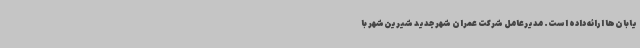
یابان‌ها ارائه داده است. مدیرعامل شرکت عمران شهر جدید شیرین‌شهر با